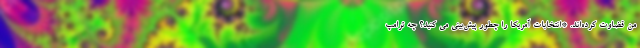
من قضاوت کرده‌اند. *انتخابات آمریکا را چطور پیش‌بینی می کنید؟ چه ترامپ